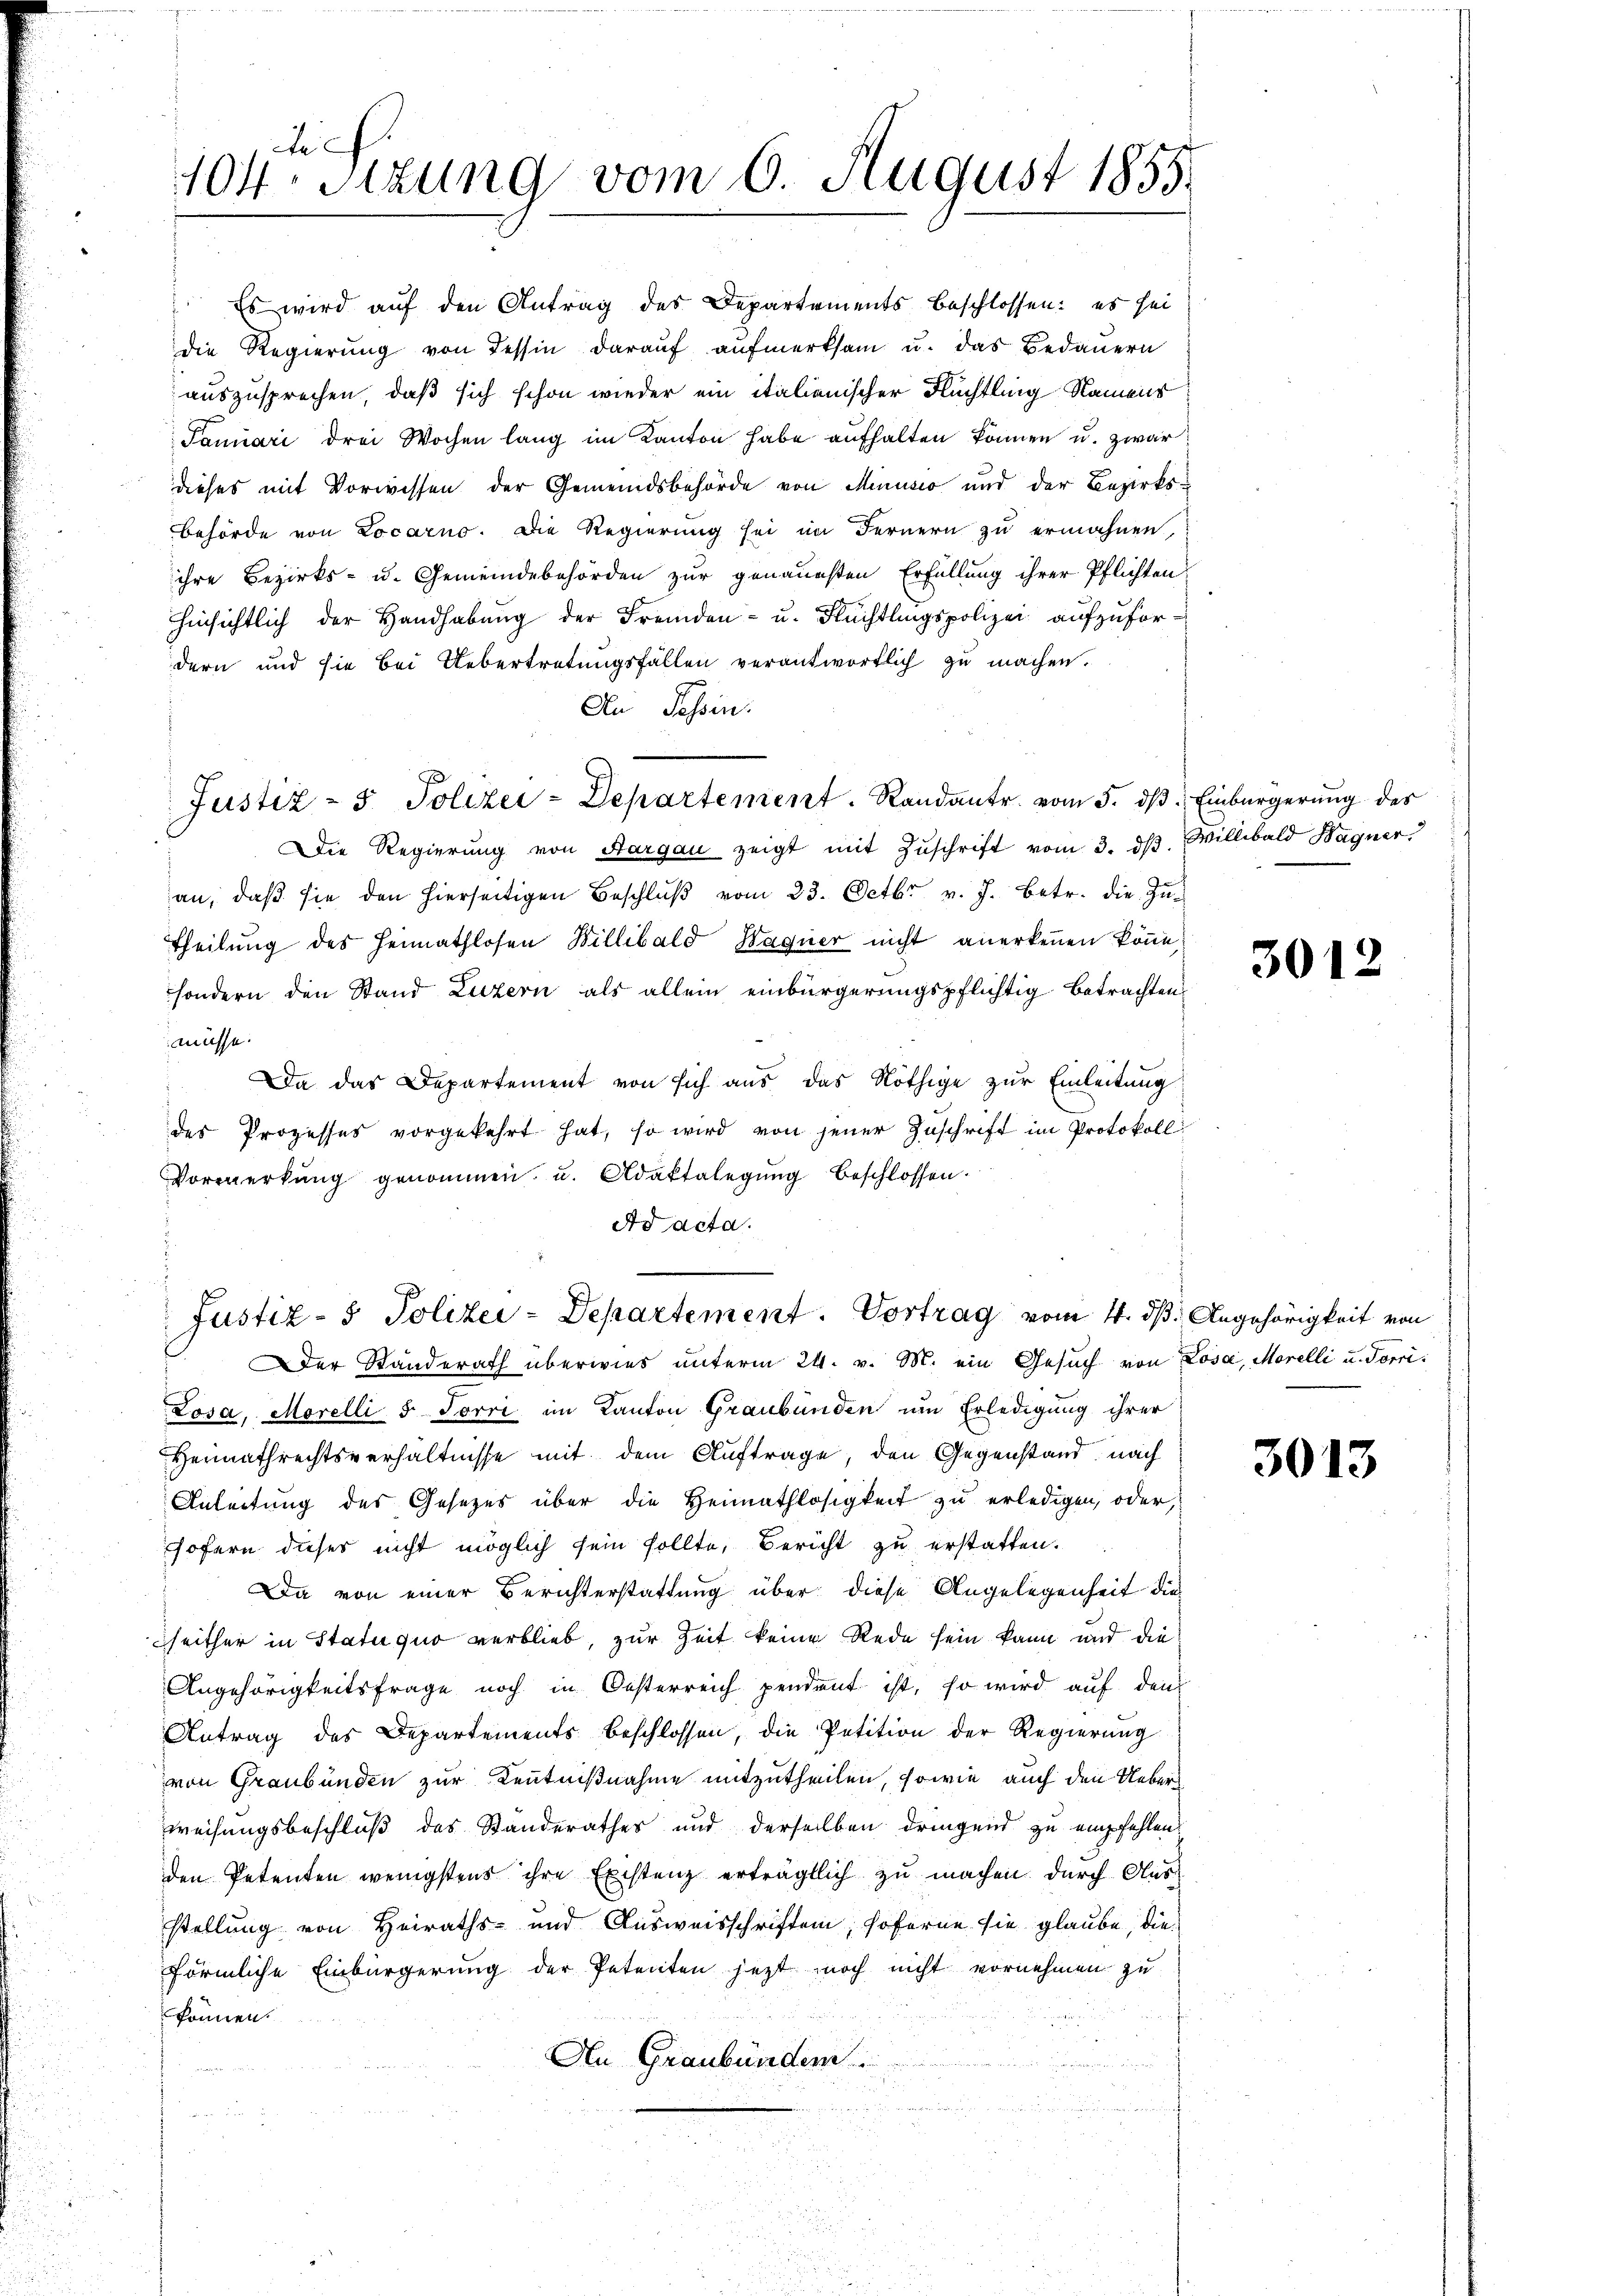
te
104. Sitzung vom 6. August 1855

Es wird auf den Antrag des Departements beschlossen: es sei
die Regierung von Tessin darauf aufmerksam u. das Bedauern
auszusprechen, daß sich schon wieder ein italienischer Rüchtling Namens
Januari drei Wochen lang im Kanton habe aufhalten können u. zwar
dieses mit Vorwissen der Gemeindsbehörde von Minusio und der Bezirks¬
Behörde von Locarno. Die Regierung sei im Fernern zu ermahnen,
ihre Bezirks- u. Gemeindebehörden zur genauesten Erfüllung ihrer Pflichten
hinsichtlich der Handhabŭng der Fremden- u. Flüchtlingspolizei aufzufordern und sie bei Uebertretungsfällen verantwortlich zu machen.
An Tessin.
Justiz- & Polizei-Departement. Randant vom 5. dβ Einbürgerung des
Die Regierŭng von Aargau zeigt mit Zŭschrift vom 3. dβ. Willibald Wagner
an, daβ sie den hierseitigen Beschlŭβ vom 23. Octbr. v. J. betr. die Zŭ-
Theilung des Heimathlosen Billibald Wagner nicht anerkennen könne,
sondern den Stand Luzern als allein einbürgerungspflichtig betrachten
müsse.
Da das Departement von sich aus das Nöthige zur Einleitung
des Prozesses vorgekehrt hat, so wird von jener Zuschrift im Protokoll
Vormerkŭng genommen u. Adaktalegŭng beschlossen.
Ad acta.

Justiz- & Polizei-Departement. Vortrag vom 4. ds. Angehörigkeit von

Der Standerath überwies unterm 24. v. M. ein Gesuch von Losa, Morelli u. Torri¬
Losa, Morelli 5. Forri im Kanton Graubünden um Erledigung ihrer
Heimathrechtsverhältnisse mit dem Auftrage, den Gegenstand nach
Anleitung des Gesetzes über die Heimathlosigkeit zu erledigen, oder,
hofern dieser nicht möglich sein sollte, Bericht zu erstatten.
Da von einer Berichterstattung über diese Angelegenheit die
seither in Statu quo verblieb, zur Zeit keine Rede sein kann und die
Angehörigkeitsfrage noch in Oesterreich pendent ist, so wird auf den
Antrag des Departements beschlossen, die Petition der Regierung
von Graubünden zur Kenntnißnahme mitzutheilen, sowie auch den Ueberweisungsbeschluß des Standerathes und derselben dringend zu empfehlen.
den Petenten wenigstens ihre Existenz erträgtlich zu machen. Durch Aus-
stellung von Heiraths- und Ausweisschriften, soferne sie glaube, die
förmliche Einbürgerung der Petenten jezt noch nicht vornehmen zu
können.
An Graubünden.

3012

3013